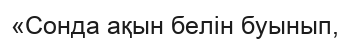
«Сонда ақын белін буынып,